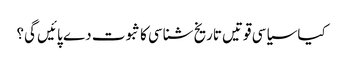
کیا سیاسی قوتیں تاریخ شناسی کا ثبوت دے پائیں گی؟